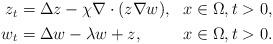
LaTeX: \begin{align*}\begin{aligned} z_{t}&=\Delta z -\chi \nabla \cdot (z\nabla w), & x \in \Omega, t>0,\\ w_{t}& =\Delta w - \lambda w + z, & x \in \Omega, t>0.\end{aligned}\end{align*}